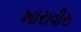
ખારાવીરા